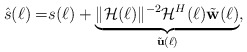
\begin{align*}\hat{s}(\ell)= & s(\ell)+\underbrace{\Vert\mathcal{H}(\ell)\Vert^{-2}\mathcal{H}^{H}(\ell)\tilde{\mathbf{w}}(\ell)}_{\tilde{\mathbf{u}}(\ell)},\end{align*}